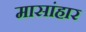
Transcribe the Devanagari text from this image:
मासांहार